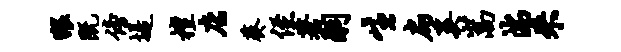
猥既傍堤檀店葵侄蓍嗣生扁奚嵩湍来